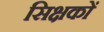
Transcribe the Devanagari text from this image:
सिक्षकों